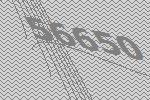
56650